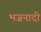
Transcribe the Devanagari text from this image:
भजनादी